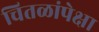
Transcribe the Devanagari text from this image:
चितळांपेक्षा